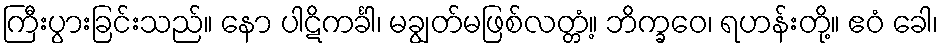
ကြီးပွားခြင်းသည်။ နော ပါဋိကင်္ခါ၊ မချွတ်မဖြစ်လတ္တံ့။ ဘိက္ခဝေ၊ ရဟန်းတို့။ ဧဝံ ခေါ၊